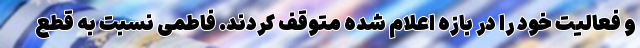
و فعالیت خود را در بازه اعلام شده متوقف کردند. فاطمی نسبت به قطع